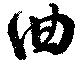
曲